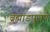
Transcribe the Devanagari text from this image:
ब्रह्मांडपुराणे